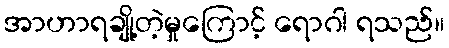
အာဟာရချို့တဲ့မှုကြောင့် ရောဂါ ရသည်။